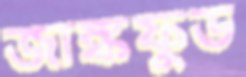
জাঙ্কফুড